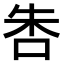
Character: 𠱒